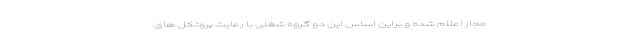
مجاز اعلام شده و براین اساس این دو گروه شغلی با رعایت پروتکل های